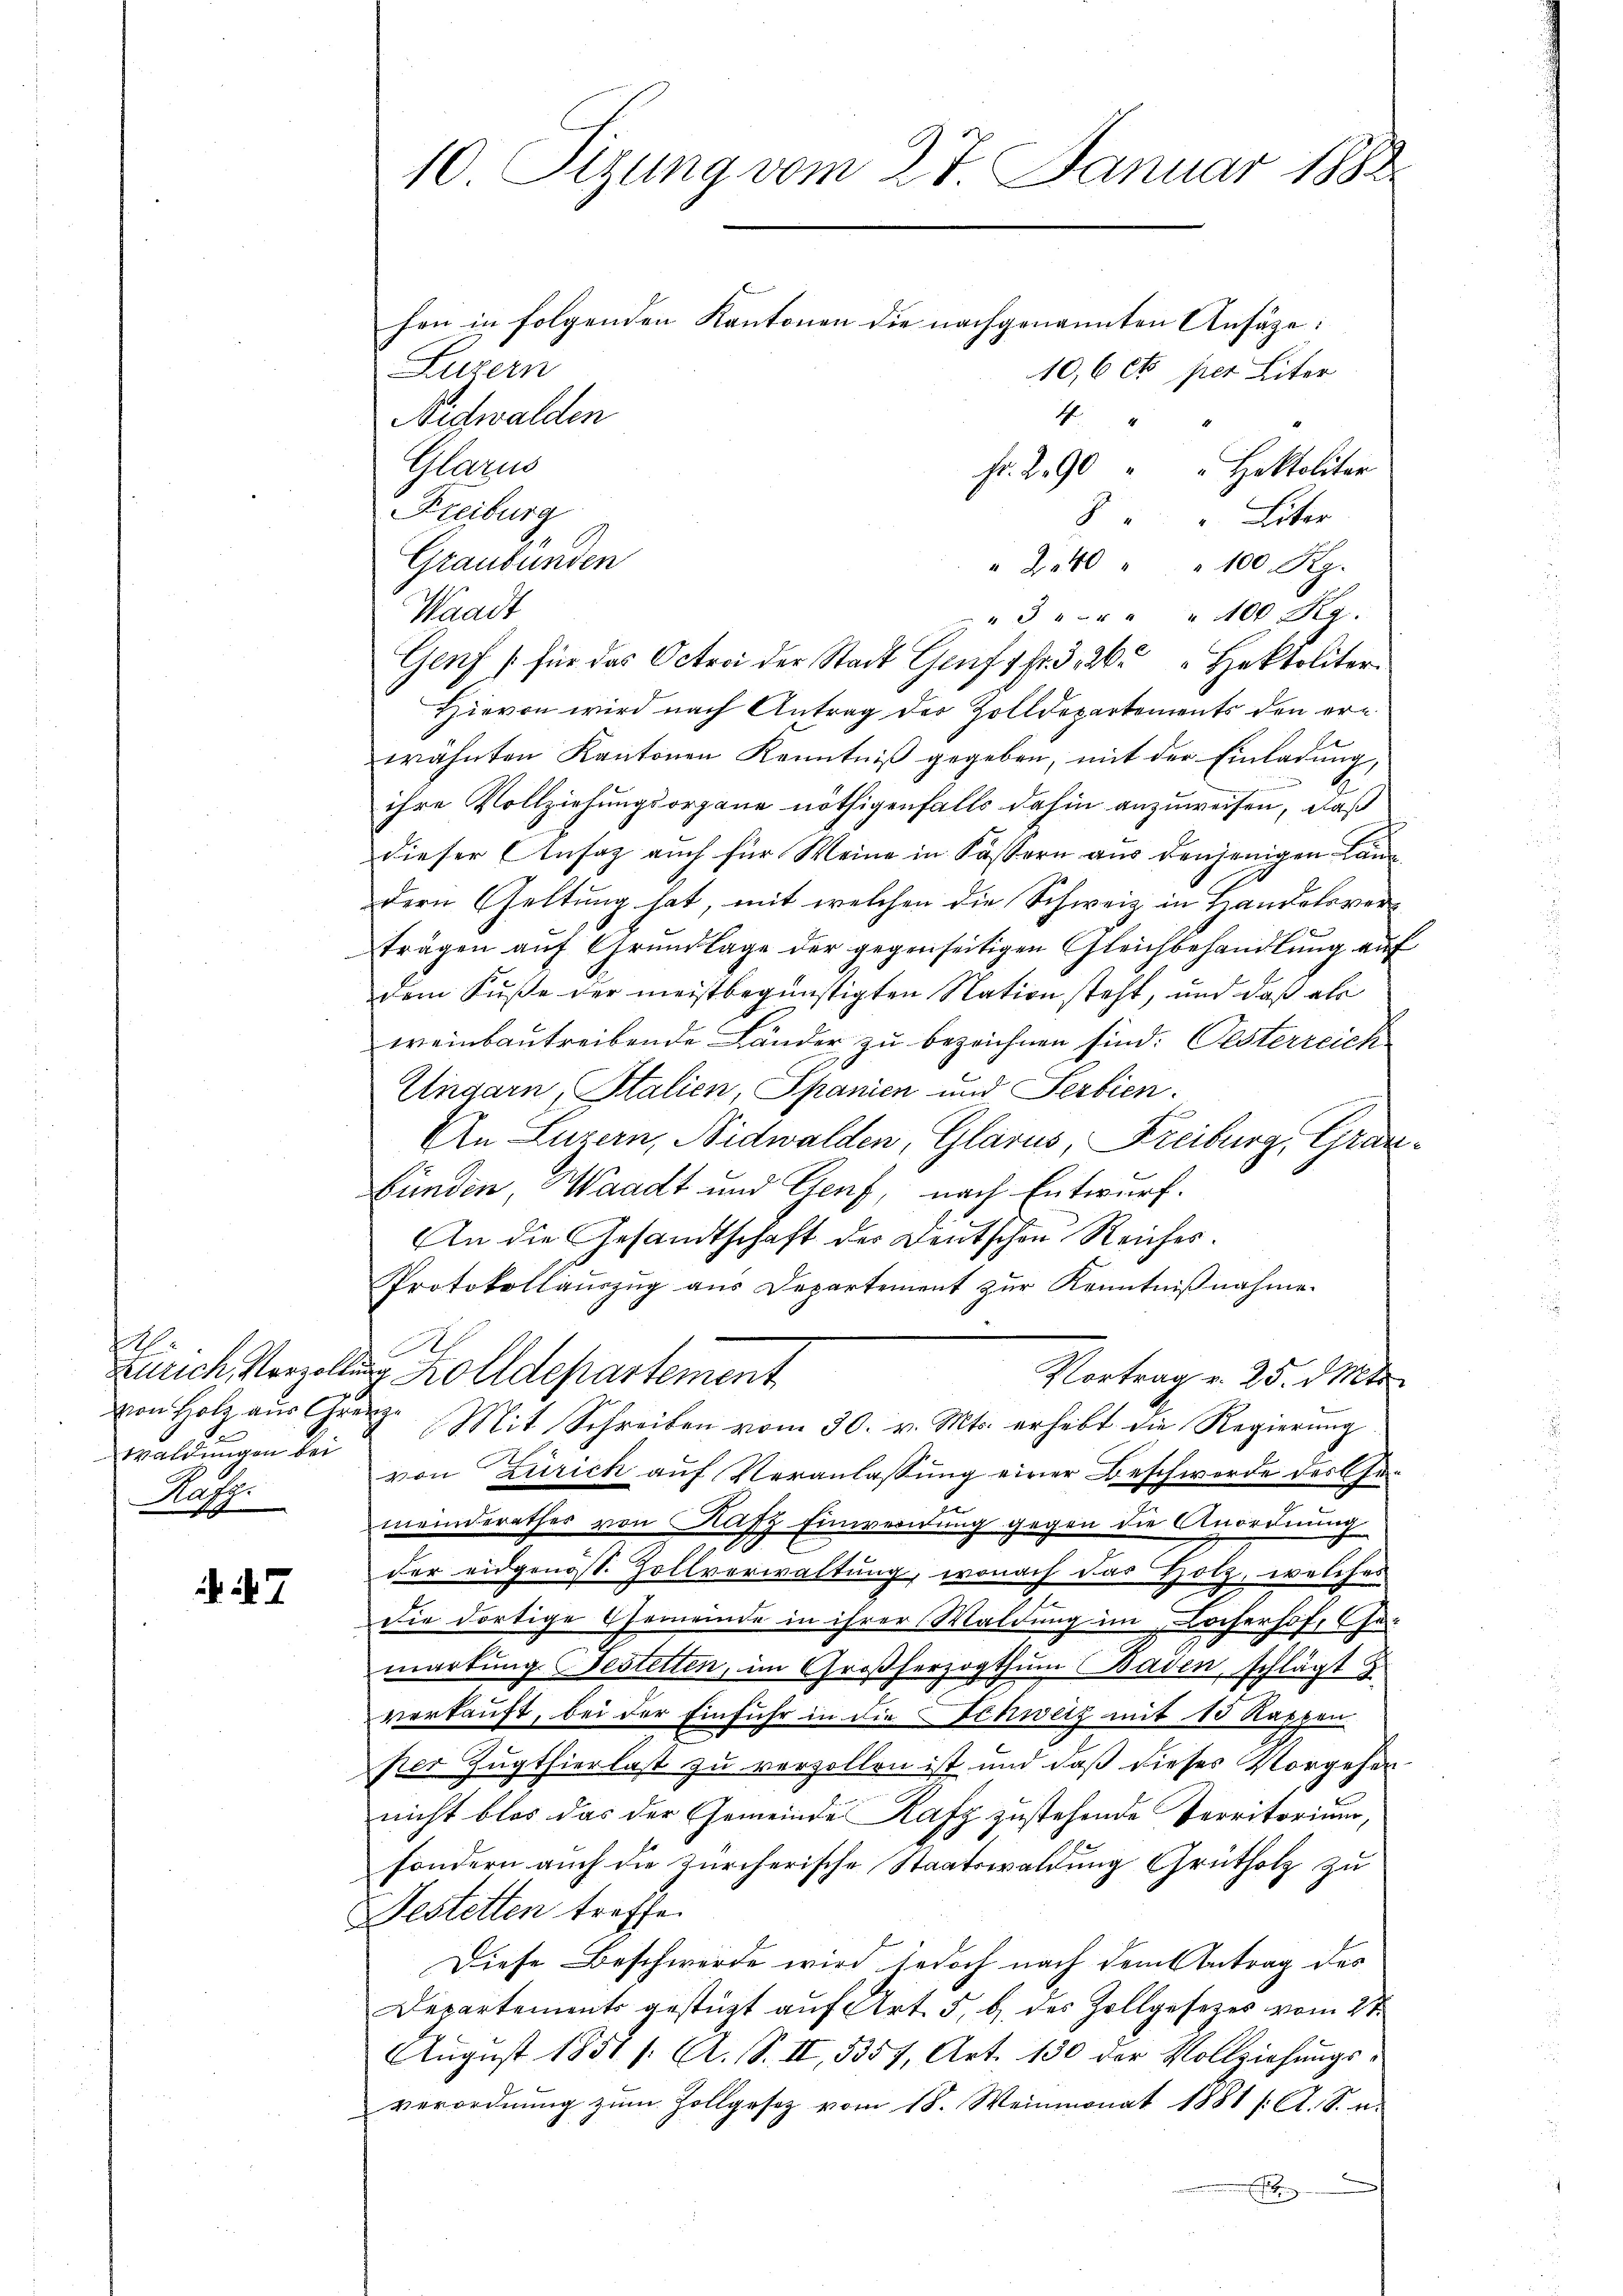
.
Waldungen bei
Rafz
st |

7

10 Sizung vom 27. Januar 1882
hen in folgenden Kantonen die nachgenannten Ansäze:
Luzern
10,6 et per Liter
1
Nidwalden
Glarus
fr. 290 " " Hektolitar
Freiburg
8 " " Liter

Graubünden
" 240 " " 100 Rp.
Waadt
" 3 " " " " 100 M.
Genf für das Octrci der Stadt Genf 1fr. 326 " Hektoliter
Hievon wird nach Antrag der Zolldepartements den ererähnten Kantonen Kenntniß gegeben, mit der Einladung,
ihre Vollziehungsorgane nöthigenfalls dahin anzuweisen, daß
dieser Ansaz auch für Meine in Köstern aus denjenigen Landern Geltung hat, mit welchen die Schweiz in Handelsverträgen auf Grundlage der gegenseitigen Gleichbehandlung auf
dem Fuße der meistbegünstigten Nation steht, und daß als
weinbautreibende Länder zu bezeichnen sind. Oesterreich
Eingarn, Stalien, Spanien und Serbien
An Luzern, Nidwalden, Glarus, Freiburg, Graubünden, Waadt und Genf, nach Entwurf.
An die Gesandtschaft der Deutschen Reiches.
Protokollauszug aus Departement zur Kenntnißnahme.
Zürich, Vorzellung Zolldepartement
Vortrag v. 25. d.
von Holz aŭs Grenz. Mit Schreiben vom 30. v. Mts. erhebt die Regierŭng
von Zürich auf Veranlassung einer Beschwerde der Gemeinderathes von Kafz Einwendung gegen die Anordnung
der eidgenöss. Zollverwaltung, wonach das Holz, welches
die dortige Gemeinde in ihrer Waldung im Locherhof, Ge-
wartung Bestetten, im Großherzogthum Baden, schlägt
verkauft, bei der Einfuhr in die Schweiz mit 10 Rappen
per Zugthierlast zu verzollen ist und daß dieses Vorgehen
nicht blos das der Gemeinde Rafz zustehende Territorium,
sondern auch die zürcherische Staatswaldung Grütholz zu
Destetten treffe.
Diese Beschwerde wird jedoch nach dem Antrag des
Departements gestüzt auf Art. 5, b. des Zollgesetzes vom 2ten
August 1851 /: A. S. II, 5357, Art. 130 der Vollziehŭngs-
verordnŭng zŭm Zollgesetz vom 18. Weinmonat 1881 /: A. S. u.